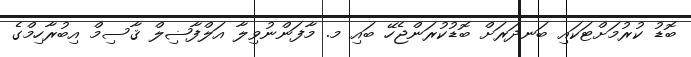
ބޮޑު ކުރުމަށްޓަކައި ބަނދަރަށް ބޮޑުކުރަންޖެހޭ ބައި މ. މާފަންނުވިލާ އަލްފާޟިލް ޤާސިމް އިބުރާހިމްގެ